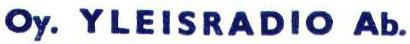
Oy. YLEISRADIO Ab.